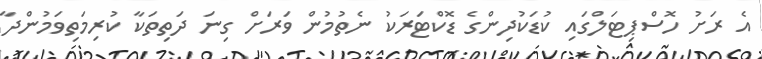
އެ ރަށު ހޮސްޕިޓަލްގައި ކުޑަކުދިންގެ ޑޮކްޓަރަކު ނެތުމުން ވަރަށް ގިނަ ދަތިތަކާ ކުރިމަތިވަމުންދާ